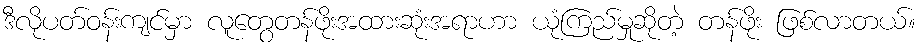
ဒီလိုပတ်ဝန်းကျင်မှာ လူတွေတန်ဖိုးအထားဆုံးအရာဟာ ယုံကြည်မှုဆိုတဲ့ တန်ဖိုး ဖြစ်လာတယ်။